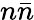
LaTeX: n\bar{n}